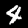
Label: 4